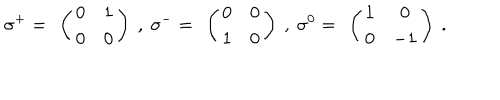
\sigma ^ { + } = \ \left( \begin{array} { c c } { { 0 } } & { { 1 } } \\ { { 0 } } & { { 0 } } \\ \end{array} \right) \ , \ \sigma ^ { - } = \ \left( \begin{array} { c c } { { 0 } } & { { 0 } } \\ { { 1 } } & { { 0 } } \\ \end{array} \right) \ , \ \sigma ^ { 0 } = \ \left( \begin{array} { c c } { { 1 } } & { { 0 } } \\ { { 0 } } & { { - 1 } } \\ \end{array} \right) \ .